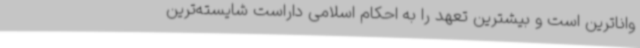
واناترین است و بیشترین تعهد را به احکام اسلامی داراست شایسته‌ترین